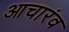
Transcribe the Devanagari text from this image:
आचारंव